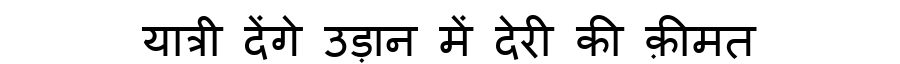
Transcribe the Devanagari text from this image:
यात्री देंगे उड़ान में देरी की क़ीमत